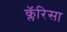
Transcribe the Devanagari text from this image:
क्लॅरिसा